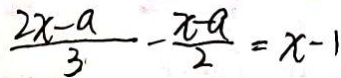
\frac { 2 x - a } { 3 } - \frac { x - a } { 2 } = x - 1